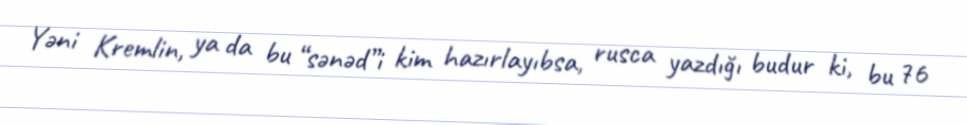
Yəni Kremlin, ya da bu “sənəd”i kim hazırlayıbsa, rusca yazdığı budur ki, bu 76